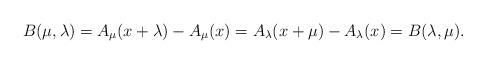
LaTeX: \begin{align*}B(\mu,\lambda)=A_\mu(x+\lambda)-A_\mu(x)=A_\lambda(x+\mu)-A_\lambda(x)=B(\lambda,\mu).\end{align*}